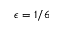
\epsilon = 1 / 6